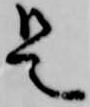
是